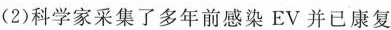
(2)科学家采集了多年前感染EV并已康复